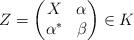
LaTeX: \begin{align*} Z=\begin{pmatrix} X & \alpha \\ \alpha^* & \beta \end{pmatrix}\in K\end{align*}